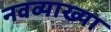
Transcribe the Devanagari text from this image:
नवव्याख्या